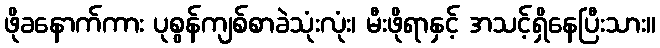
ဖိုခနောက်ကား ပုစွန်ကျစ်စာခဲသုံးလုံး၊ မီးဖိုရာနှင့် အသင့်ရှိနေပြီးသား။